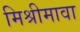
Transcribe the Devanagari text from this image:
मिश्रीमावा